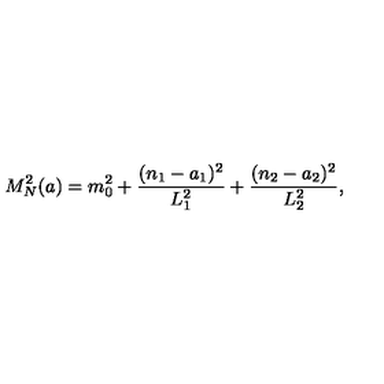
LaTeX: M _ { N } ^ { 2 } ( a ) = m _ { 0 } ^ { 2 } + \frac { ( n _ { 1 } - a _ { 1 } ) ^ { 2 } } { L _ { 1 } ^ { 2 } } + \frac { ( n _ { 2 } - a _ { 2 } ) ^ { 2 } } { L _ { 2 } ^ { 2 } } ,